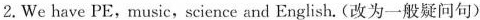
2.We have PE,music,science and English. (改为一般疑问句)